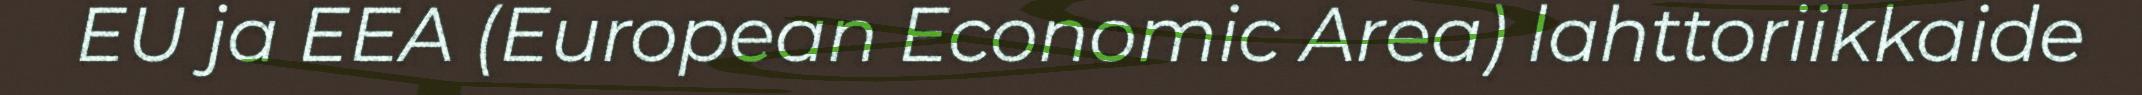
EU ja EEA (European Economic Area) lahttoriikkaide